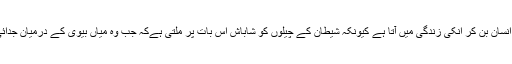
اس ڈرامے میں کردار شہوار ایک شیطان صفت انسان بن کر انکی زندگی میں آتا ہے کیونکہ شیطان کے چیلوں کو شاباش اس بات پر ملتی ہےکہ جب وہ میاں بیوی کے درمیان جدائی ڈلوادیتے ہیں یا کسی کی طلاق کروادیتے ہیں ۔